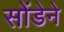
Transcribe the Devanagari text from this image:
सोंडेने